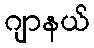
ဂျာနယ်